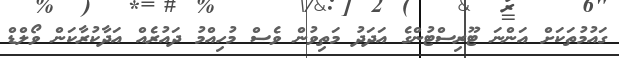
ގައުމުތަކަށް އަންނަ ޓޫރިސްޓުންގެ އަދަދު މަތިވުން ވެސް މުހިއްމު ދައުރެއް އަދާކުރާކަން ވޯލްޑް